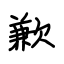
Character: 歉